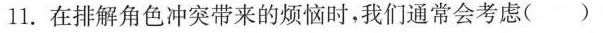
11.在排解角色冲突带来的烦恼时，我们通常会考虑()